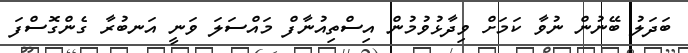
ބަދަލު ބޭނުން ނުވާ ކަމަށް ވިދާޅުވުމުން އިސްތިއުނާފް މައްސަލަ ވަނީ އަނބުރާ ގެންގޮސްފަ